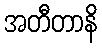
အတီတာနိ